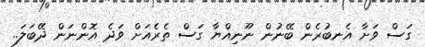
ގަސް ވަށާ އެނބުރެން ބޭނުން ނޫނިއްޔާ ގަސް ތެރެއަށް ވަދެ އޮންނަން ދޭބަލަ..